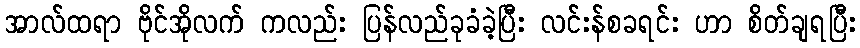
အာလ်ထရာ ဗိုင်အိုလက် ကလည်း ပြန်လည်ခုခံခဲ့ပြီး လင်းန်စခရင်း ဟာ စိတ်ချရပြီး